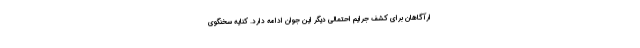
ارآگاهان برای کشف جرایم احتمالی دیگر این جوان ادامه دارد. کنایه سخنگوی